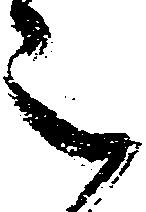
被